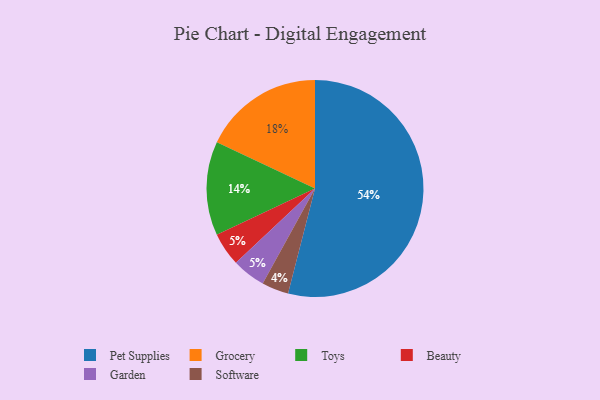
{"axis": {"x": "Category", "y": "Percentage"}, "legend": ["Beauty", "Garden", "Grocery", "Pet Supplies", "Software", "Toys"], "data": [{"x": "Grocery", "y": 18, "type": "Grocery"}, {"x": "Beauty", "y": 5, "type": "Beauty"}, {"x": "Pet Supplies", "y": 54, "type": "Pet Supplies"}, {"x": "Software", "y": 4, "type": "Software"}, {"x": "Garden", "y": 5, "type": "Garden"}, {"x": "Toys", "y": 14, "type": "Toys"}]}